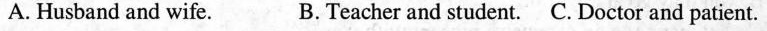
A. Husband and wife. B. Teacher and student. C. Doctor and patient.